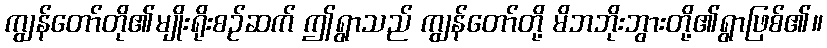
ကျွန်တော်တို၏မျိုးရိုးစဉ်ဆက် ဤရွာသည် ကျွန်တော်တို့ မိဘဘိုးဘွားတို့၏ရွာဖြစ်၏။